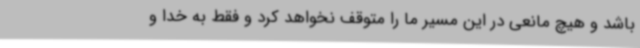
باشد و هیچ مانعی در این مسیر ما را متوقف نخواهد کرد و فقط به خدا و